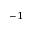
^ { - 1 }